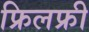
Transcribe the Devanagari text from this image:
फ्रिलफ्री